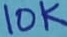
Text: 10K